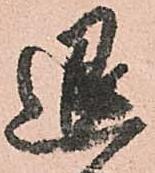
退